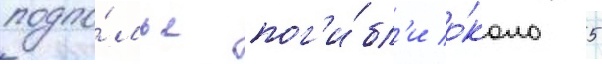
подпо́лье пог'и́бл'и о́коло 5